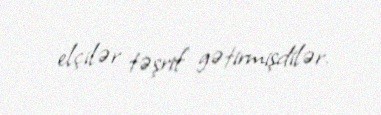
elçilər təşrif gətirmişdilər.